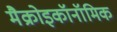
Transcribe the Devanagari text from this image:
मैक्रोइकॉनॉमिक